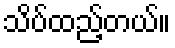
သိပ်ထည့်တယ်။